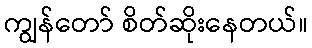
ကျွန်တော် စိတ်ဆိုးနေတယ်။